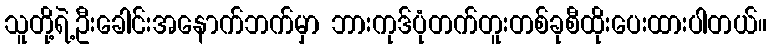
သူတို့ရဲ့ဦးခေါင်းအနောက်ဘက်မှာ ဘားကုဒ်ပုံတက်တူးတစ်ခုစီထိုးပေးထားပါတယ်။